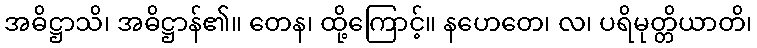
အဓိဋ္ဌာသိ၊ အဓိဋ္ဌာန်၏။ တေန၊ ထို့ကြောင့်။ နဟေတေ၊ လ၊ ပရိမုတ္တိယာတိ၊